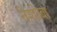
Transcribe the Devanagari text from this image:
नेशोबा